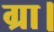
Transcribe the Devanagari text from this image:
ग्रा।